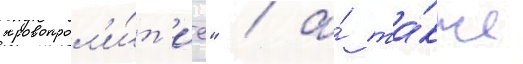
кровопрол'и́т'ие" / а́ та́кже